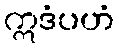
ဣဒံပဟံ